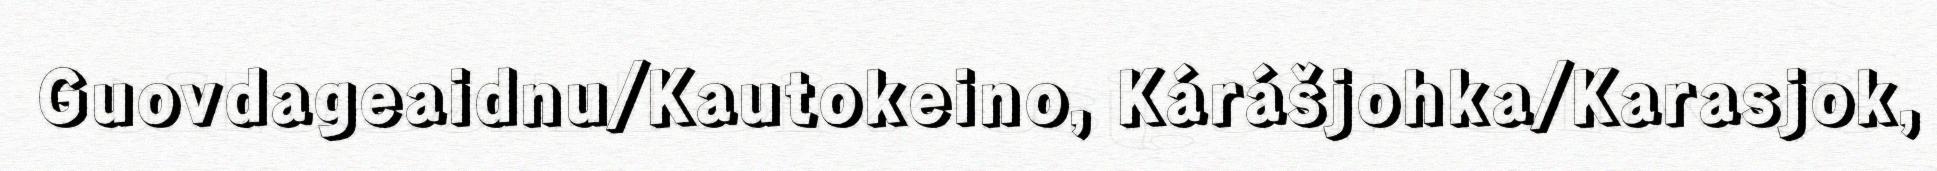
Guovdageaidnu/Kautokeino, Kárášjohka/Karasjok,